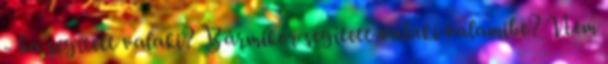
- ba segített valaki? Bármikor segített valaki valamibe? Nem